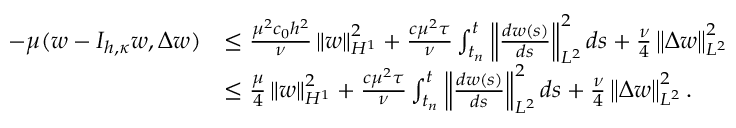
\begin{array} { r l } { - \mu ( w - I _ { h , \kappa } w , \Delta w ) } & { \leq \frac { \mu ^ { 2 } c _ { 0 } h ^ { 2 } } { \nu } \left\| w \right\| _ { H ^ { 1 } } ^ { 2 } + \frac { c \mu ^ { 2 } \tau } { \nu } \int _ { t _ { n } } ^ { t } \left\| \frac { d w ( s ) } { d s } \right\| _ { L ^ { 2 } } ^ { 2 } d s + \frac { \nu } { 4 } \left\| \Delta w \right\| _ { L ^ { 2 } } ^ { 2 } } \\ & { \leq \frac { \mu } { 4 } \left\| w \right\| _ { H ^ { 1 } } ^ { 2 } + \frac { c \mu ^ { 2 } \tau } { \nu } \int _ { t _ { n } } ^ { t } \left\| \frac { d w ( s ) } { d s } \right\| _ { L ^ { 2 } } ^ { 2 } d s + \frac { \nu } { 4 } \left\| \Delta w \right\| _ { L ^ { 2 } } ^ { 2 } . } \end{array}